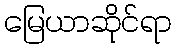
မြေယာဆိုင်ရာ